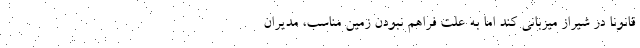
قانونا در شیراز میزبانی کند اما به علت فراهم نبودن زمین مناسب، مدیران